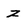
Character: z